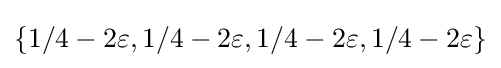
\{1/4-2\varepsilon ,1/4-2\varepsilon ,1/4-2\varepsilon ,1/4-2\varepsilon \}